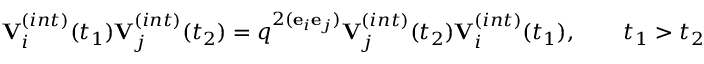
{ \bf V } _ { i } ^ { ( i n t ) } ( t _ { 1 } ) { \bf V } _ { j } ^ { ( i n t ) } ( t _ { 2 } ) = q ^ { 2 ( { \bf e } _ { i } { \bf e } _ { j } ) } { \bf V } _ { j } ^ { ( i n t ) } ( t _ { 2 } ) { \bf V } _ { i } ^ { ( i n t ) } ( t _ { 1 } ) , \qquad t _ { 1 } > t _ { 2 }